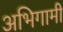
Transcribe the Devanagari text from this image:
अभिगामी